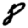
Digit: 8